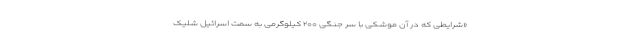
«شرایطی که در آن موشکی با سر جنگی ۲۰۰ کیلوگرمی به سمت اسرائیل شلیک